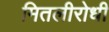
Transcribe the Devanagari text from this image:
मितलीरोधी